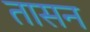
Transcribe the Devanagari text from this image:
तासन